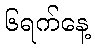
၆ရက်နေ့